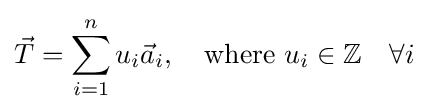
{\vec {T}}=\sum _{i=1}^{n}u_{i}{\vec {a}}_{i},\quad {\mbox{where }}u_{i}\in \mathbb {Z} \quad \forall i